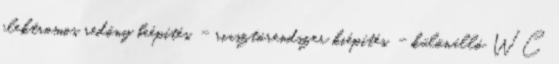
elektromos redőny beépítés, - riasztórendszer kiépítés, - különálló WC